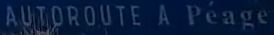
AUTOROUTE A Péage